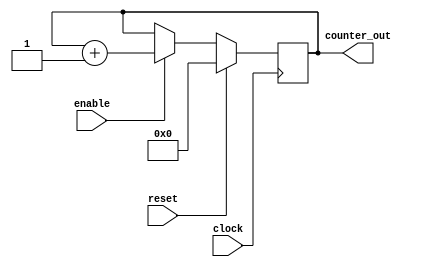
// 4-bits synchronous up counter
// active high, synchronous reset
// active high enable
module counter(clock, reset, enable, counter_out);
  input wire clock;
  input wire reset;
  input wire enable;

  output reg [3:0] counter_out;

  always @ (posedge clock)
  begin: COUNTER
    if(reset == 1'b1) begin
      counter_out <= 4'b0000;
    end
    else if(enable == 1'b1) begin
      counter_out <= counter_out + 1;
    end
  end

endmodule